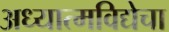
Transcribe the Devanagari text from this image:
अध्यात्मविद्येचा